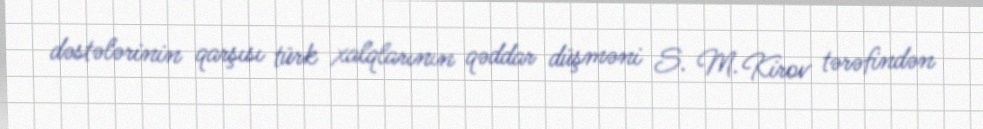
dəstələrinin qarşısı türk xalqlarının qəddar düşməni S. M. Kirov tərəfindən